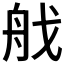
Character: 𦨜